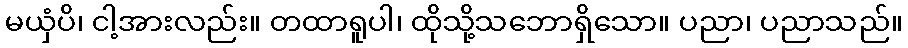
မယှံပိ၊ ငါ့အားလည်း။ တထာရူပါ၊ ထိုသို့သဘောရှိသော။ ပညာ၊ ပညာသည်။